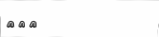
١٠٩